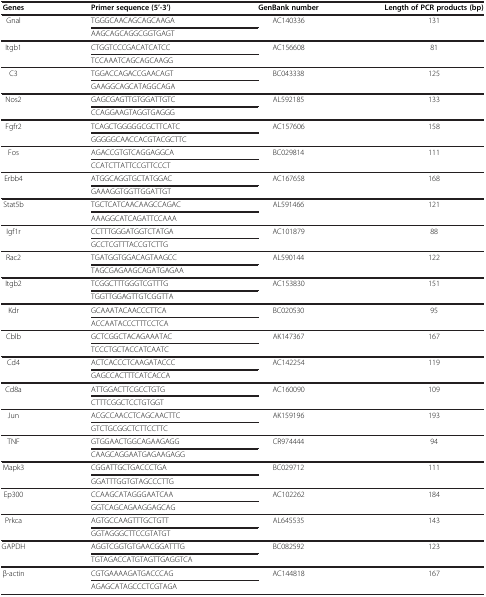
<table><thead><tr><td><b>Genes</b></td><td><b>Primer sequence (5’-3’)</b></td><td><b>GenBank number</b></td><td><b>Length of PCR products (bp)</b></td></tr></thead><tbody><tr><td>Gnal</td><td>TGGGCAACAGCAGCAAGA</td><td>AC140336</td><td>131</td></tr><tr><td> </td><td>AAGCAGCAGGCGGTGAGT</td><td> </td><td> </td></tr><tr><td>Itgb1</td><td>CTGGTCCCGACATCATCC</td><td>AC156608</td><td>81</td></tr><tr><td> </td><td>TCCAAATCAGCAGCAAGG</td><td> </td><td> </td></tr><tr><td>C3</td><td>TGGACCAGACCGAACAGT</td><td>BC043338</td><td>125</td></tr><tr><td> </td><td>GAAGGCAGCATAGGCAGA</td><td> </td><td> </td></tr><tr><td>Nos2</td><td>GAGCGAGTTGTGGATTGTC</td><td>AL592185</td><td>133</td></tr><tr><td> </td><td>CCAGGAAGTAGGTGAGGG</td><td> </td><td> </td></tr><tr><td>Fgfr2</td><td>TCAGCTGGGGGCGCTTCATC</td><td>AC157606</td><td>158</td></tr><tr><td> </td><td>GGGGGCAACCACGTACGCTTC</td><td> </td><td> </td></tr><tr><td>Fos</td><td>AGACCGTGTCAGGAGGCA</td><td>BC029814</td><td>111</td></tr><tr><td> </td><td>CCATCTTATTCCGTTCCCT</td><td> </td><td> </td></tr><tr><td>Erbb4</td><td>ATGGCAGGTGCTATGGAC</td><td>AC167658</td><td>168</td></tr><tr><td> </td><td>GAAAGGTGGTTGGATTGT</td><td> </td><td> </td></tr><tr><td>Stat5b</td><td>TGCTCATCAACAAGCCAGAC</td><td>AL591466</td><td>121</td></tr><tr><td> </td><td>AAAGGCATCAGATTCCAAA</td><td> </td><td> </td></tr><tr><td>Igf1r</td><td>CCTTTGGGATGGTCTATGA</td><td>AC101879</td><td>88</td></tr><tr><td> </td><td>GCCTCGTTTACCGTCTTG</td><td> </td><td> </td></tr><tr><td>Rac2</td><td>TGATGGTGGACAGTAAGCC</td><td>AL590144</td><td>122</td></tr><tr><td> </td><td>TAGCGAGAAGCAGATGAGAA</td><td> </td><td> </td></tr><tr><td>Itgb2</td><td>TCGGCTTTGGGTCGTTTG</td><td>AC153830</td><td>151</td></tr><tr><td> </td><td>TGGTTGGAGTTGTCGGTTA</td><td> </td><td> </td></tr><tr><td>Kdr</td><td>GCAAATACAACCCTTCA</td><td>BC020530</td><td>95</td></tr><tr><td> </td><td>ACCAATACCCTTTCCTCA</td><td> </td><td> </td></tr><tr><td>Cblb</td><td>GCTCGGCTACAGAAATAC</td><td>AK147367</td><td>167</td></tr><tr><td> </td><td>TCCCTGCTACCATCAATC</td><td> </td><td> </td></tr><tr><td>Cd4</td><td>ACTCACCCTCAAGATACCC</td><td>AC142254</td><td>119</td></tr><tr><td> </td><td>GAGCCACTTTCATCACCA</td><td> </td><td> </td></tr><tr><td>Cd8a</td><td>ATTGGACTTCGCCTGTG</td><td>AC160090</td><td>109</td></tr><tr><td> </td><td>CTTTCGGCTCCTGTGGT</td><td> </td><td> </td></tr><tr><td>Jun</td><td>ACGCCAACCTCAGCAACTTC</td><td>AK159196</td><td>193</td></tr><tr><td> </td><td>GTCTGCGGCTCTTCCTTC</td><td> </td><td> </td></tr><tr><td>TNF</td><td>GTGGAACTGGCAGAAGAGG</td><td>CR974444</td><td>94</td></tr><tr><td> </td><td>CAAGCAGGAATGAGAAGAGG</td><td> </td><td> </td></tr><tr><td>Mapk3</td><td>CGGATTGCTGACCCTGA</td><td>BC029712</td><td>111</td></tr><tr><td> </td><td>GGATTTGGTGTAGCCCTTG</td><td> </td><td> </td></tr><tr><td>Ep300</td><td>CCAAGCATAGGGAATCAA</td><td>AC102262</td><td>184</td></tr><tr><td> </td><td>GGTCAGCAGAAGGAGCAG</td><td> </td><td> </td></tr><tr><td>Prkca</td><td>AGTGCCAAGTTTGCTGTT</td><td>AL645535</td><td>143</td></tr><tr><td> </td><td>GGTAGGGCTTCCGTATGT</td><td> </td><td> </td></tr><tr><td>GAPDH</td><td>AGGTCGGTGTGAACGGATTTG</td><td>BC082592</td><td>123</td></tr><tr><td> </td><td>TGTAGACCATGTAGTTGAGGTCA</td><td> </td><td> </td></tr><tr><td>β-actin</td><td>CGTGAAAAGATGACCCAG</td><td>AC144818</td><td>167</td></tr><tr><td> </td><td>AGAGCATAGCCCTCGTAGA</td><td> </td><td> </td></tr></tbody></table>